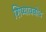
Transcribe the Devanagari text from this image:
शिष्यावबोध